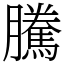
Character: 騰